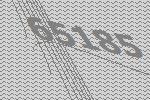
65185